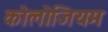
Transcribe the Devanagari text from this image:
कोलोजियम